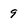
Character: 9